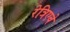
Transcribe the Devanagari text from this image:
रेत्रिएवे